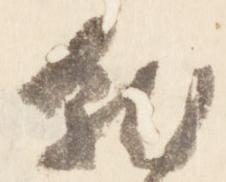
就